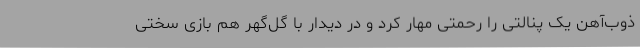
ذوب‌آهن یک پنالتی را رحمتی مهار کرد و در دیدار با گل‌گهر هم بازی سختی